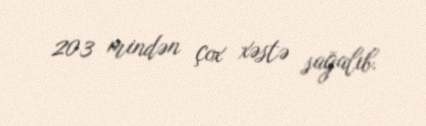
203 mindən çox xəstə sağalıb.